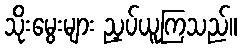
သိုးမွေးများ ညှပ်ယူကြသည်။